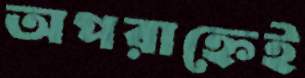
অপরাহ্নেই